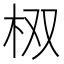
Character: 𮲮